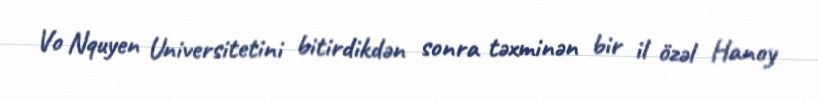
Vo Nquyen Universitetini bitirdikdən sonra təxminən bir il özəl Hanoy